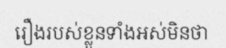
រឿងរបស់ខ្លួនទាំងអស់មិនថា